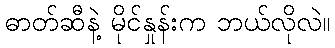
ဓာတ်ဆီနဲ့ မိုင်နှုန်းက ဘယ်လိုလဲ။